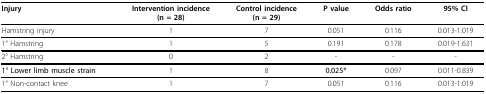
<table><thead><tr><td><b>Injury</b></td><td><b>Intervention incidence(n = 28)</b></td><td><b>Control incidence(n = 29)</b></td><td><b>P value</b></td><td><b>Odds ratio</b></td><td><b>95% CI</b></td></tr></thead><tbody><tr><td>Hamstring injury</td><td>1</td><td>7</td><td>0.051</td><td>0.116</td><td>0.013-1.019</td></tr><tr><td>1° Hamstring</td><td>1</td><td>5</td><td>0.191</td><td>0.178</td><td>0.019-1.631</td></tr><tr><td>2° Hamstring</td><td>0</td><td>2</td><td>-</td><td>-</td><td>-</td></tr><tr><td><b>1° Lower limb muscle strain</b></td><td>1</td><td>8</td><td><b>0.025*</b></td><td>0.097</td><td>0.011-0.839</td></tr><tr><td>1° Non-contact knee</td><td>1</td><td>7</td><td>0.051</td><td>0.116</td><td>0.013-1.019</td></tr></tbody></table>